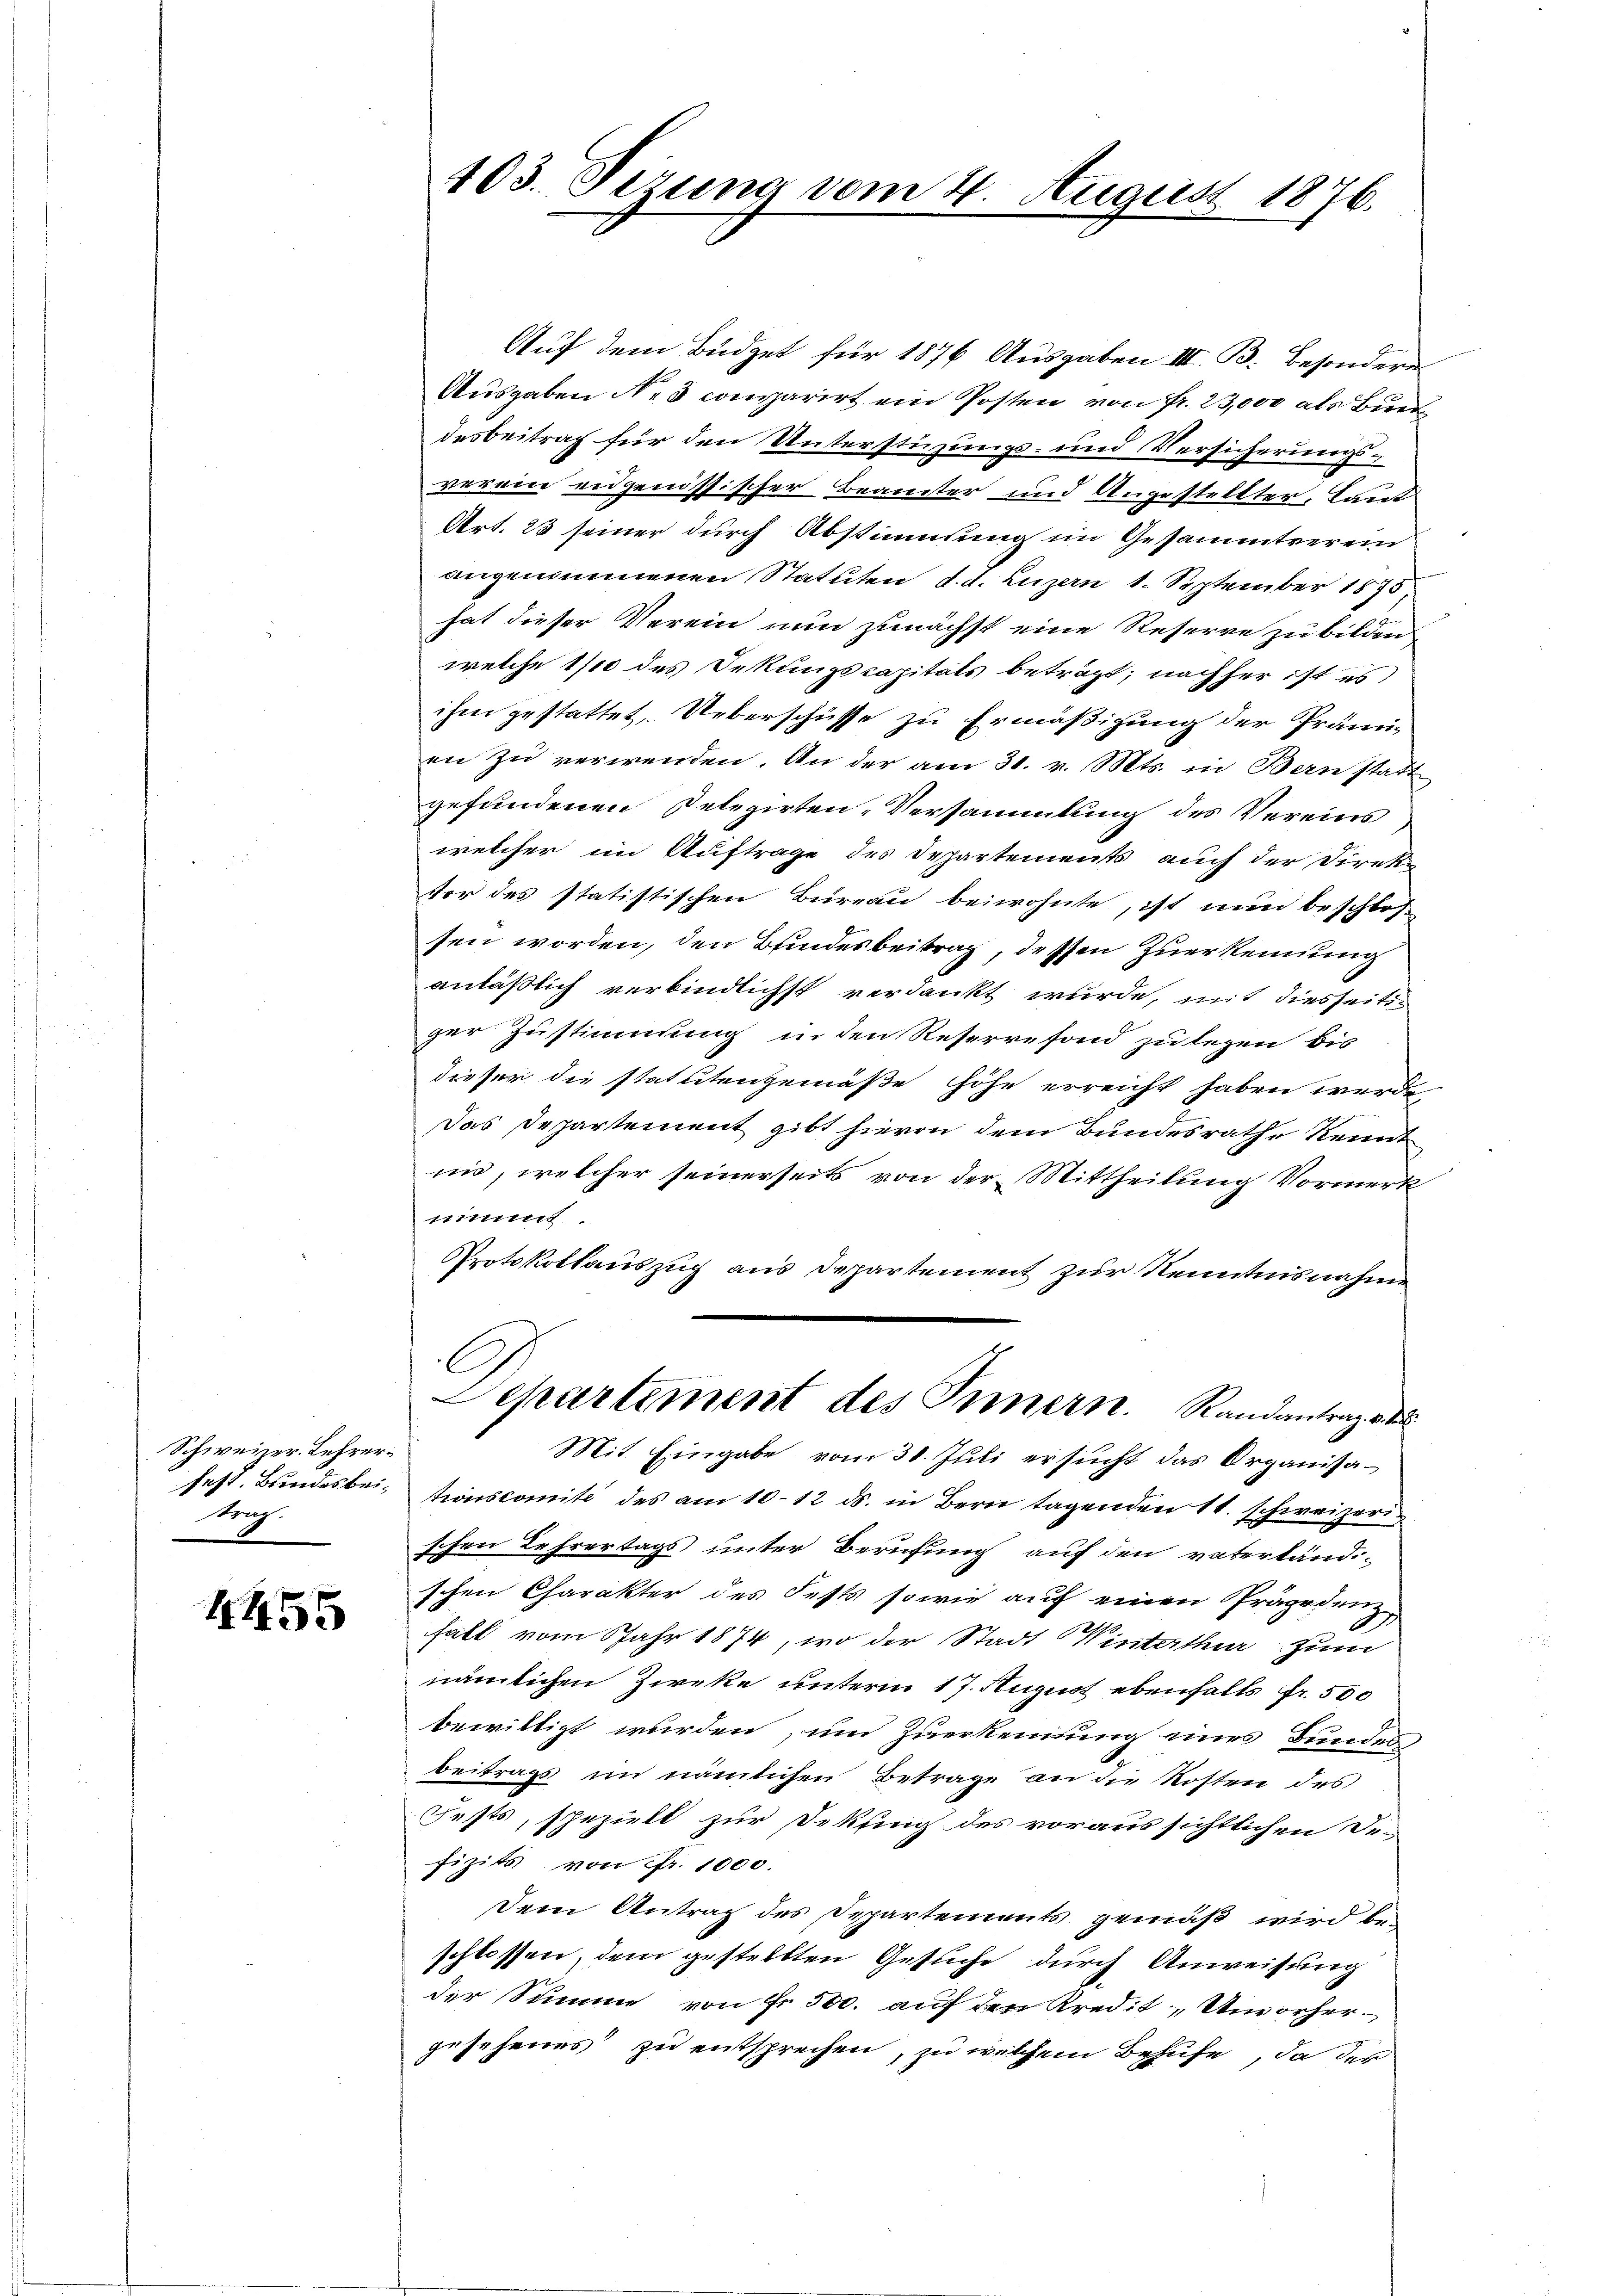
Schweizer. Lehrerfest. Bundesbeiburg.

4455

403. Serung vom 4. August 1876.

Auf dem Büdget für 1876 Ausgaben III. B. Besonderen
Ausgaben Nr. 3 consparirt ein Posten von Fr. 23,000 als Bundesbeitrag für den Unterstüzungs- und Versicherungsverein eidgenössischer Beamter und Angestellter, Kant
Art. 23 seiner durch Abstimmung im Gesammtverein
angenommenen Statuten d. d. Luzern 1. September 1875
hat dieser Verein nun zunächst eine Reserve zu bilden
welche 1/10 des Dekungscapitals beträgt; nachher ist es
ihm gestattet, Ueberschüsse zu Ermäßigung der Prämi-
en zu verwenden. An der am 31. v. Mts. in Bern statt
gefundenen Pelegirten-Versammlung des Vereins
welcher im Auftrage des Departements auch der Direkvor des statistischen Bureau beiwohnte, ist nun beschlos
sen worden, den Bundesbeitrag, dessen zuerkennung
anläßlich verbindlichst verdankt wurde, mit diesseitiger Zustimmung in den Reserre sond zu legen bis
dieser die statutengemäße Höhe erreicht haben werde
Das Departement gibt hievon dem Bundesrathe Kennt
nis, welcher seinerseits von der Mittheilung Vormerk
nimmt
Protokollauszug aus Departement zur Kenntnisnahme
Departement des Innern. Randantrag d
Mit Eingabe vom 31. Juli ersucht das Organisationscomite des am 10. 12 ds. in Bern tagenden 11. schweizerischen Lehrertags unter Berufung auf den vatertändi-
schen Charakter des Fests sowie auf einen Prägedenz
Fall vom Jahr 1874, wo der Stadt Winterthur zum
nämlichen Zirke unterm 17. August ebenfalls fr. 500
bewilligt wurden, um Zuerkennung eines Bundes
beitrags im nämlichen Betrage an die Kosten des
Fests, speziell zur Dekling des voraussichtlichen De-
fizits von Fr. 1000.
Dem Antrag des Departements gemäß wird beschlossen, dem gestellten Gesuche durch Anweisung
der Summe von Fr. 500. auf den Kredit, Unvorhergesehenes zu entsprechen, zu welchem Behufe, da der